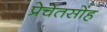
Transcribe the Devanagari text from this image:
प्रेचेतसोंह